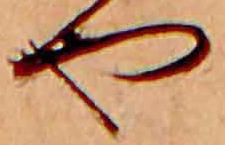
や